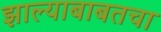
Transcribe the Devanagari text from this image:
झाल्याबाबतचा